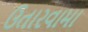
ઉતારવામા